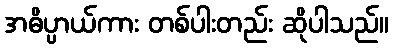
အဓိပ္ပာယ်ကား တစ်ပါးတည်း ဆိုပါသည်။